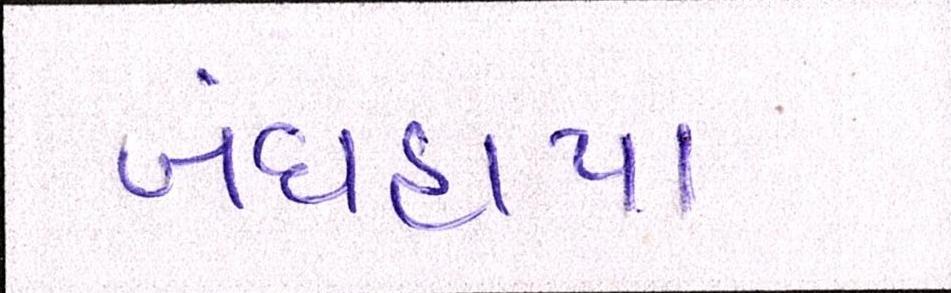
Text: બંધહાપા